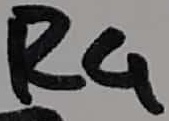
Text: R4